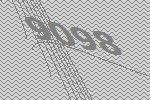
9098